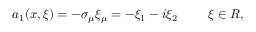
a _ { 1 } ( x , \xi ) = - \sigma _ { \mu } \xi _ { \mu } = - \xi _ { 1 } - i \xi _ { 2 } \, \, \, \, \, \, \, \, \, \, \, \, \, \, \xi \in R ,